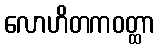
လောဟိတကဝတ္ထာ